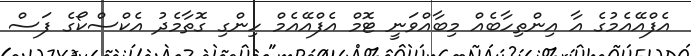
އެފްއޭއެމުގެ އާ އިންތިހާބެއް މިބާއްވަނީ ޓޮމް އެފްއޭއެމް ހިންގި ގޮތާމެދު އެކްސްކޯގެ ފަސް